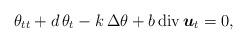
LaTeX: \begin{align*} \theta_{tt} + d\,\theta_{t} - k\,\Delta\theta + b\,{\rm{div}}\,\boldsymbol{u}_{t} = 0,\end{align*}